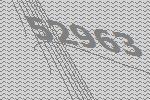
52963